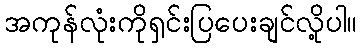
အကုန်လုံးကိုရှင်းပြပေးချင်လို့ပါ။